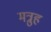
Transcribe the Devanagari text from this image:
मत्रुह